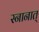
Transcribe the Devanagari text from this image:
स्नानात्